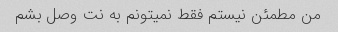
من مطمئن نیستم فقط نمیتونم به نت وصل بشم